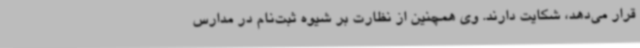
قرار می‌دهد، شکایت دارند. وی همچنین از نظارت بر شیوه ثبت‌نام در مدارس